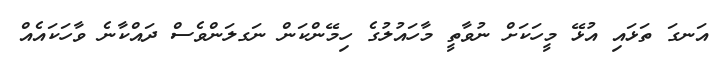
އަނގަ ތަޅައި އުޅޭ މީހަކަށް ނުވާތީ މާހައުލުގެ ހިމޭންކަން ނަގލަންވެސް ދައްކާނެ ވާހަކައެއް